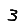
Digit: 3